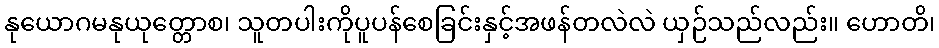
နုယောဂမနုယုတ္တောစ၊ သူတပါးကိုပူပန်စေခြင်းနှင့်အဖန်တလဲလဲ ယှဉ်သည်လည်း။ ဟောတိ၊